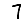
Digit: 7